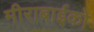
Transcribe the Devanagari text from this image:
मीराबाईको